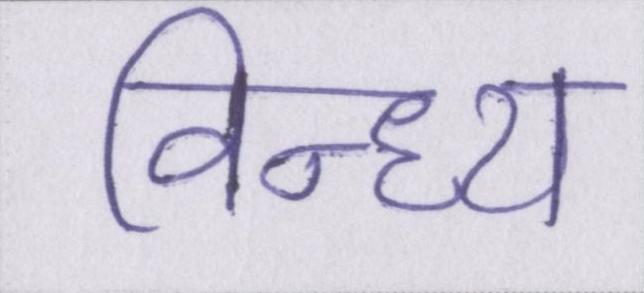
विन्ध्य